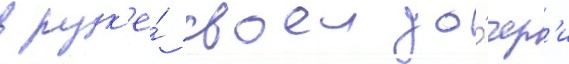
в рук'е́ своеи до́чер'и